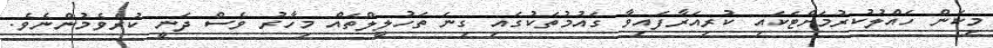
މިކަން ހައްލުކުރުމަށްޓަކައި ކުރިއަރާފައިވާ ގައުމުތަކުގައި ގިނަ ތަހުލީލްތައް މިހާރު ވެސް ދަނީ ކުރެވެމުންނެވެ.